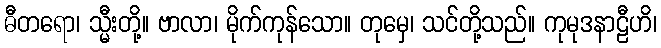
ဓီတရော၊ သ္မီးတို့။ ဗာလာ၊ မိုက်ကုန်သော။ တုမှေ၊ သင်တို့သည်။ ကုမုဒနာဠီဟိ၊